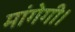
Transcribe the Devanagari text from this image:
मांगेगी।